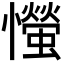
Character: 𢤨